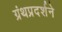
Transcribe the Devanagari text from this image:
ग्रंथप्रदर्शने